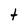
Character: t